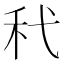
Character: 䄩